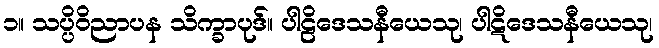
၁။ သပ္ပိဝိညာပန သိက္ခာပုဒ်။ ပါဠိဒေသနီယေသု၊ ပါဋိဒေသနီယေသု၊